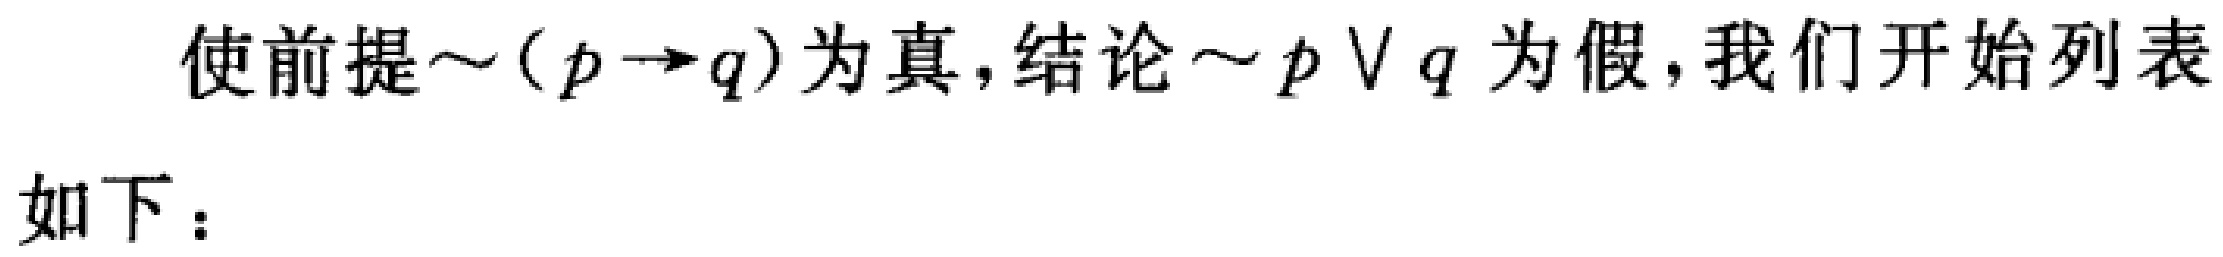
使前提\(\sim(p\rightarrow q)\)为真,结论\(\sim p\vee q\)为假,我们开始列表
如下：